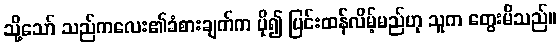
သို့သော် သည်ကလေး၏ခံစားချက်က ပို၍ ပြင်းထန်လိမ့်မည်ဟု သူက တွေးမိသည်။